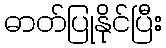
ဓာတ်ပြုနိုင်ပြီး